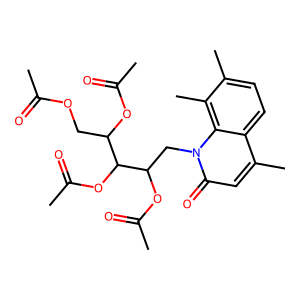
SMILES: CC(=O)OCC(OC(C)=O)C(OC(C)=O)C(Cn1c(=O)cc(C)c2ccc(C)c(C)c21)OC(C)=O
Inhibits HIV replication: No